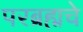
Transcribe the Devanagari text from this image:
परब्रह्मचे